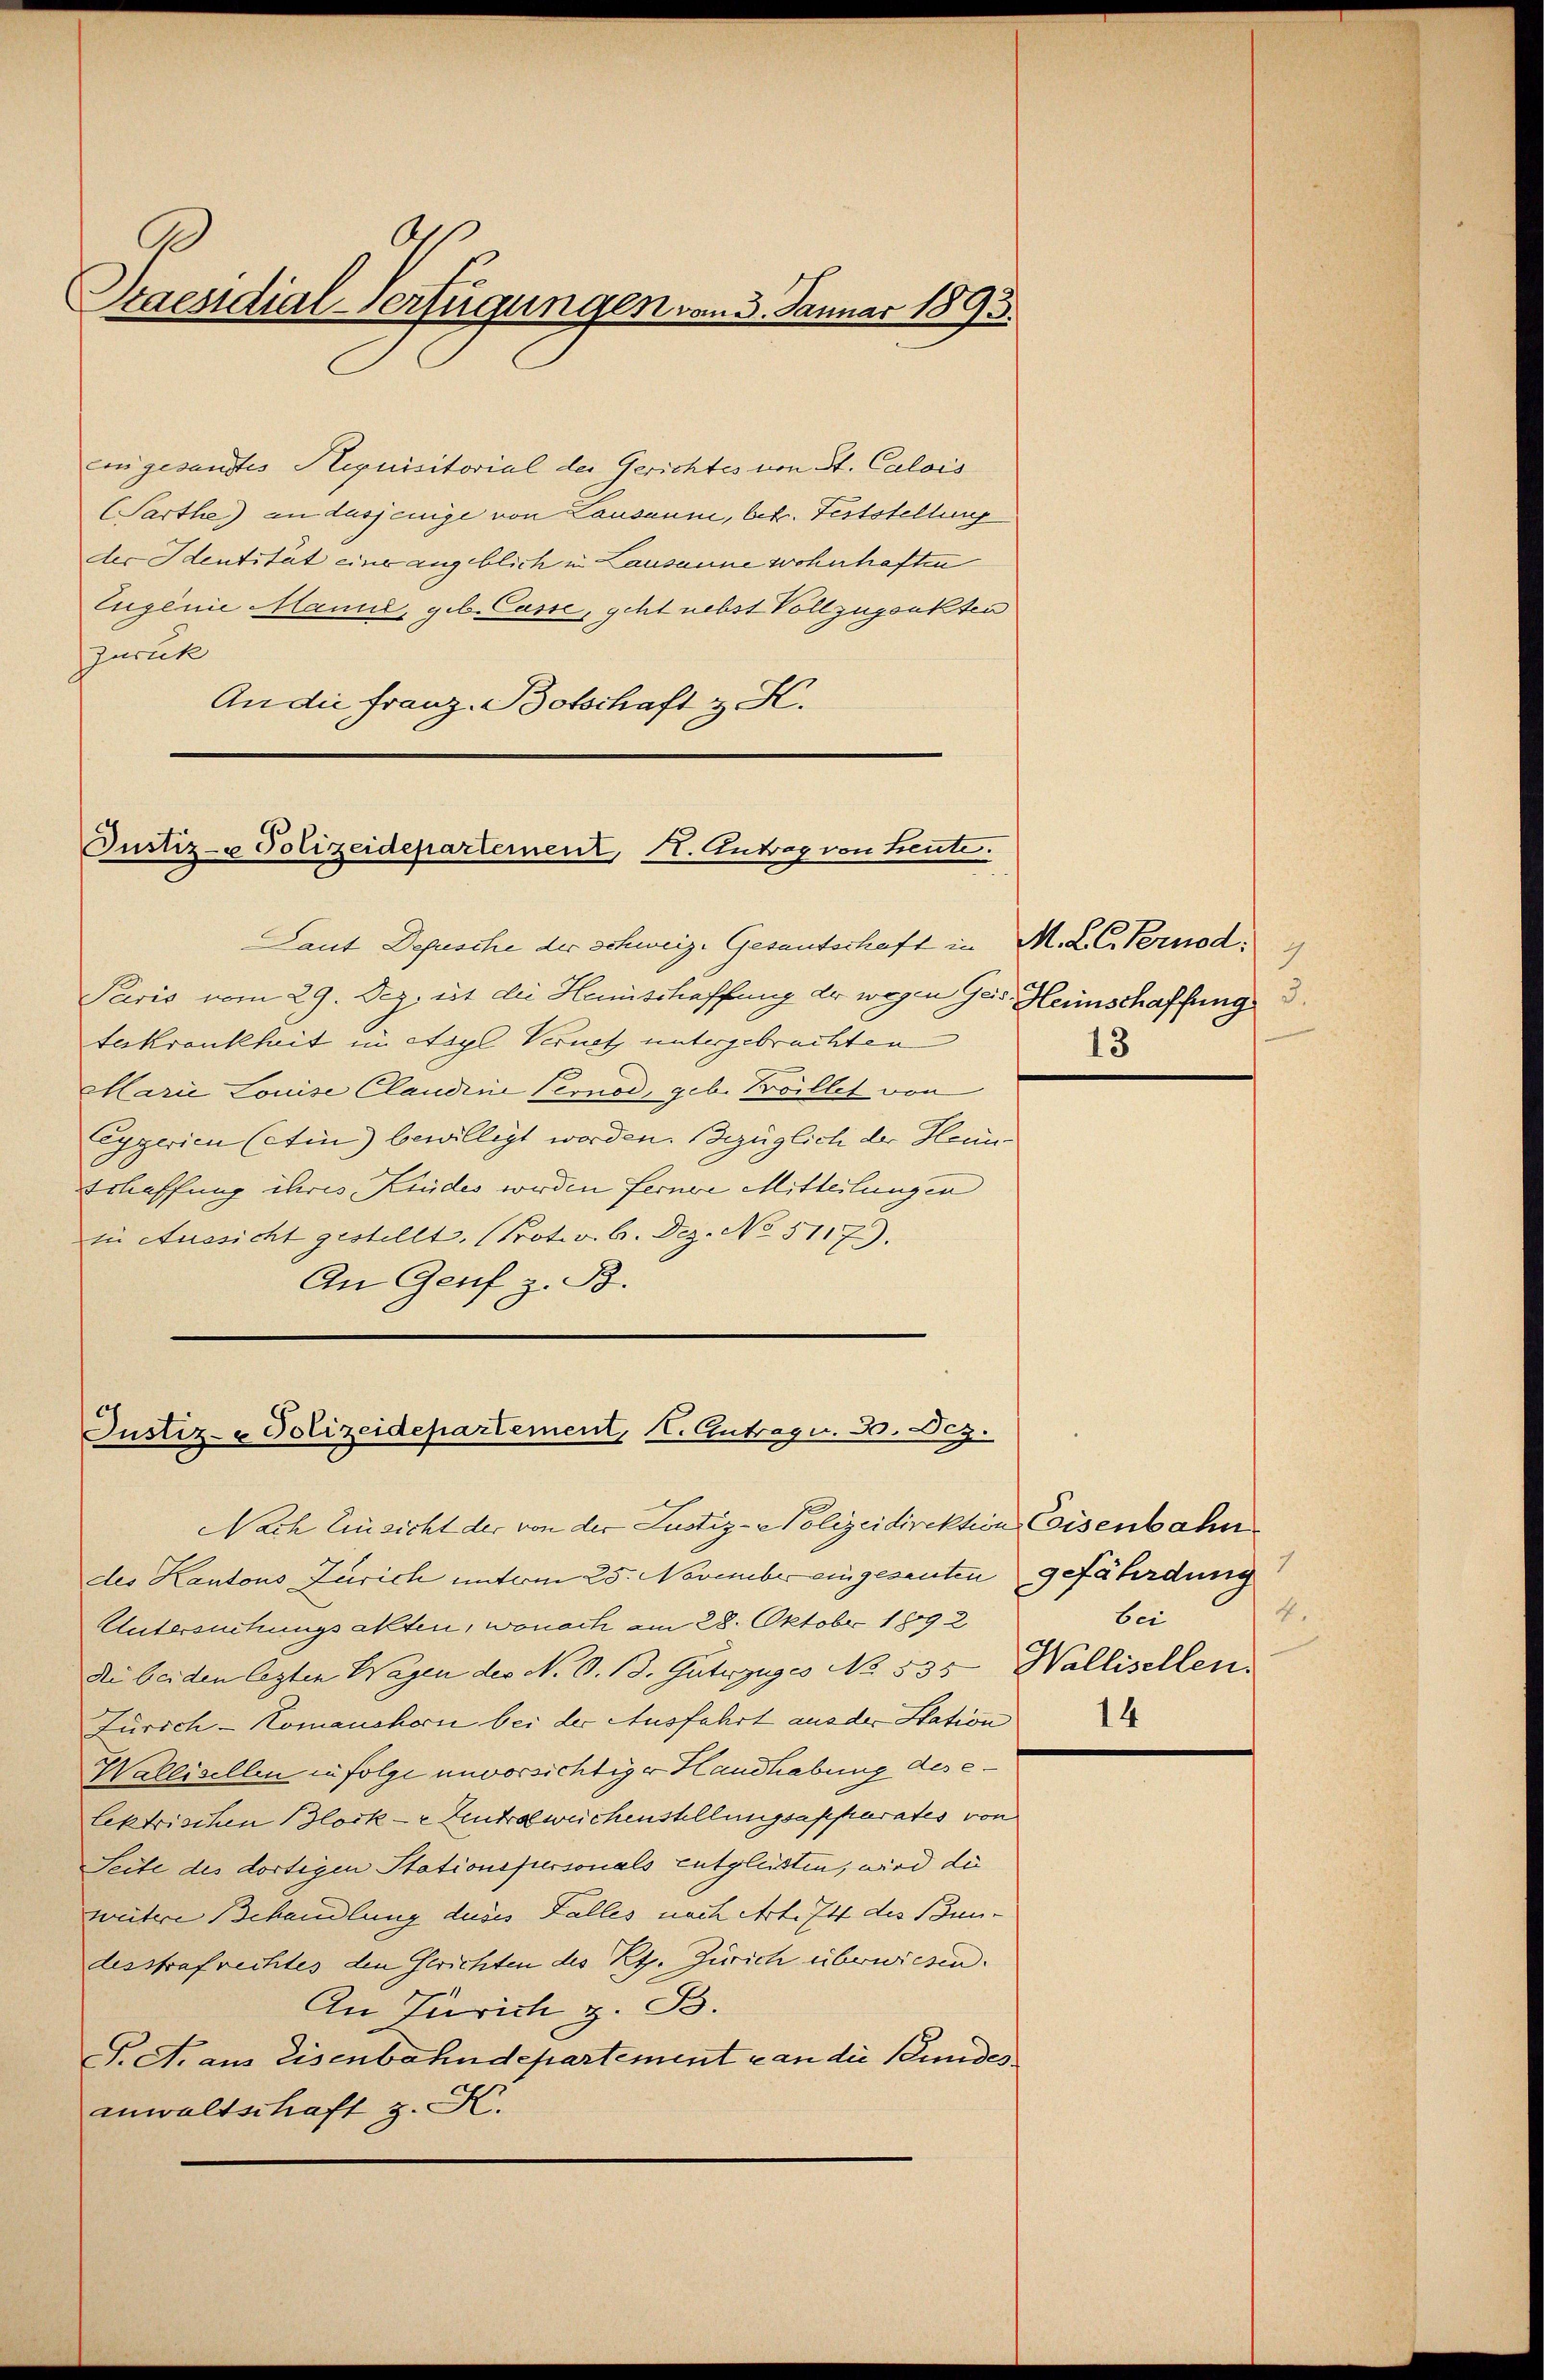
Staesidial-Verfügungen vom 3. Januar 1895.

eingesandtes Aequisitorial der Gerichtes von St. Calois
(Sarthe) an dasjenige von Lausanne, betr. Feststellung
der Identität eine angeblich in Lausanne wohnhaften
Eugenie Manne, geb. Casse, geht nebst Vollzugsakten
Zurück
An die Franz-Botschaft z. K.

Justiz- & Polizeidepartement, 11. Antrag von Leute.

Laut Depesche der Schweiz. Gesantschaft in M. L. C. Pernod:
Paris vom 29. Dez. ist die Hemischaffung der wegen Geis. Heimschaffung
teskrankheit in Asyl Verneth untergebrachten
Marie Louise Claudine Pernod, geb. Boillet von
Eggerien (Ain) bewilligt worden. Bezüglich der Hein¬
Erhaffung ihres Kindes werden ferner Mitteilungen
in Aussicht gestellt. (Prot.v. b. Dez. No. 5117).
An Genf z. B.

Justiz- & Polizeidepartement, 1. Antrag. 30. Dez.

Nach Einsicht der von der Justiz-Polizeidirektion, Coisenbahn
des Kantons Zürich unterm 25. November eingesanten
Untersuchungsakten, wonach am 28. Oktobr. 1892
die beiden lezten Wagen der N. O. B. Güterzuges No. 535. Wallisellen
Zürich-Komanchern bei der Ausfahrt aus der Station
Wallisellen infolge unvorsichtiger Handhabung des e
lektrischen Block - Zentrabweichenstellungsapparates von
Seite des dortigen Stationspersonals entgleisten, wird die
weitere Behandlung dieses Falles nach Art. 74 des Bun-
desstrafrechtes den Gerichten des Kts. Zürich überwiesen.
An Zürich z. B.
T. A. aus Eisenbahndepartemente an die Stundes
anwaltschaft z. K.

3.
13

gefährdung
4.
bei
14